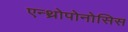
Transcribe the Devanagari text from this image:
एन्थ्रोपोनोसिस